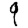
Digit: 9